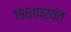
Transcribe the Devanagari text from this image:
१९६१पर्यंत